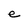
Character: e